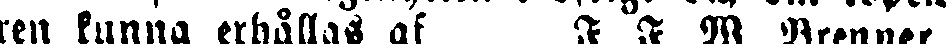
ren kunna erhållas af F. F. W. 9 Brenner